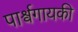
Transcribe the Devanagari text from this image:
पार्श्वगायकी